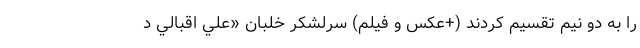
را به دو نیم تقسیم کردند (+عکس و فیلم) سرلشكر خلبان «علي اقبالي د